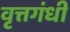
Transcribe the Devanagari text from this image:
वृत्तगंधी